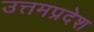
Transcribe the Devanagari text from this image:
उत्तमप्रदेश